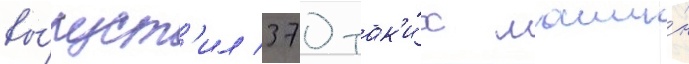
вы́пуст'ил 370 так'и́х маши́н